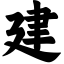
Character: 建